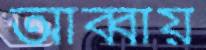
আব্বায়